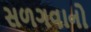
સળગવાનો